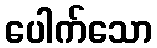
ပေါက်သော